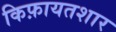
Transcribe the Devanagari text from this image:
किफ़ायतशार